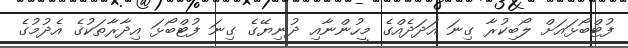
ފުޓްބޯޅައަށް ލޯބިކުރާ ގިނަ އަދަދެއްގެ މީހުންނާއި ދުނިޔޭގެ ގިނަ ފުޓްބޯޅަ އިދާރާތަކުގެ އެދުމުގެ